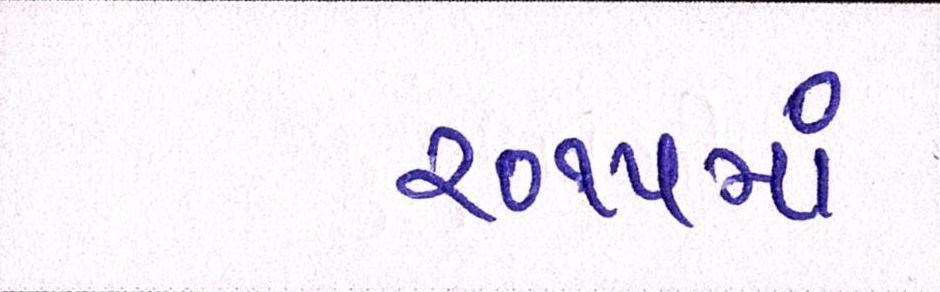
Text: ૨૦૧૫માં